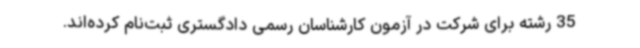
35 رشته برای شرکت در آزمون کارشناسان رسمی دادگستری ثبت‌نام کرده‌اند.